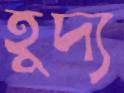
হূদ্য